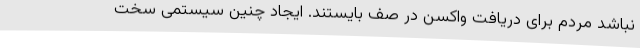
نباشد مردم برای دریافت واکسن در صف بایستند. ایجاد چنین سیستمی سخت